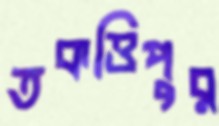
তকত্তিপুর